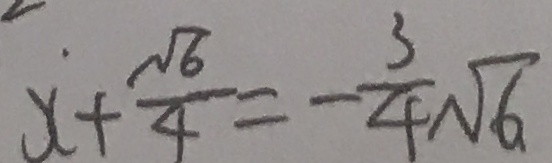
x ^ { . } + \frac { \sqrt { 6 } } { 4 } = - \frac { 3 } { 4 } \sqrt { 6 }